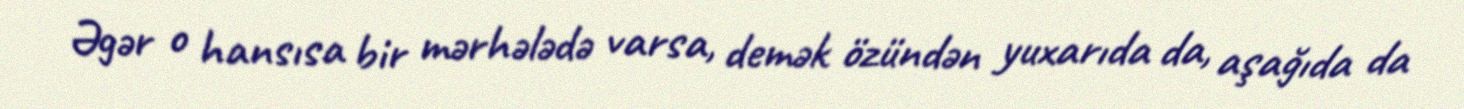
Əgər o hansısa bir mərhələdə varsa, demək özündən yuxarıda da, aşağıda da